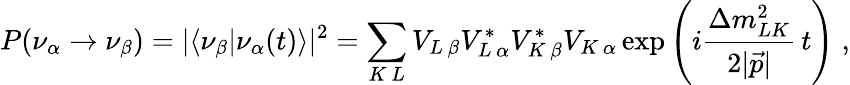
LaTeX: P(\nu_{\alpha}\rightarrow\nu_{\beta})=|\langle\nu_{\beta}|\nu_{\alpha}(t)\rangle|^{2}=\sum_{K\, L}V_{L\, \beta}V_{L\, \alpha}^{*}V_{K\, \beta}^{*}V_{K\, \alpha}\exp\left(i\frac{\Delta m_{LK}^{2}}{2|\vec{p}|}\, t\right)\; ,